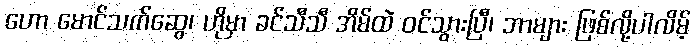
ဟော မောင်သက်ဆွေ၊ ဟိုမှာ ခင်သီသီ အိမ်ထဲ ဝင်သွားပြီ၊ ဘာများ ဖြစ်လို့ပါလိမ့်